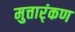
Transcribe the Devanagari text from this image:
मुत्तार्ंकण